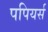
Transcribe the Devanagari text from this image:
पपियर्स